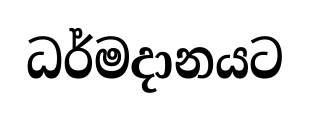
ධර්මදානයට